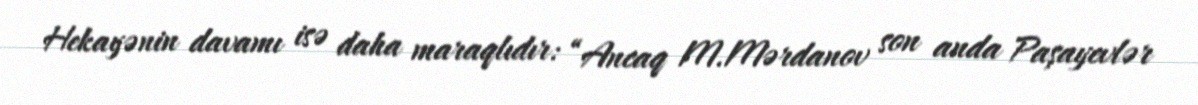
Hekayənin davamı isə daha maraqlıdır: “Ancaq M.Mərdanov son anda Paşayevlər